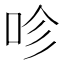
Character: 𠱉